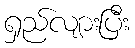
ရှည်လျားပြီး